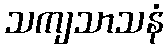
သကျသာသနံ